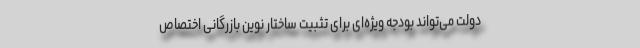
دولت می‌تواند بودجه ویژه‌ای برای تثبیت ساختار نوین بازرگانی اختصاص